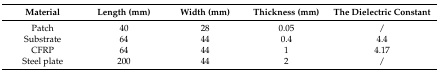
<table><thead><tr><td><b>Material</b></td><td><b>Length (mm)</b></td><td><b>Width (mm)</b></td><td><b>Thickness (mm)</b></td><td><b>The Dielectric Constant</b></td></tr></thead><tbody><tr><td>Patch</td><td>40</td><td>28</td><td>0.05</td><td>/</td></tr><tr><td>Substrate</td><td>64</td><td>44</td><td>0.4</td><td>4.4</td></tr><tr><td>CFRP</td><td>64</td><td>44</td><td>1</td><td>4.17</td></tr><tr><td>Steel plate</td><td>200</td><td>44</td><td>2</td><td>/</td></tr></tbody></table>